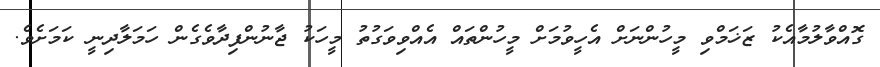
ގޮއްވާލުމާއެކު ޒަޚަމްވި މީހުންނަށް އެހީވުމަށް މީހުންތައް އެއްވިވަގުތު މީހަކު ޖާނުންފިދާވެގެން ހަމަލާދިނީ ކަމަށެވެ.